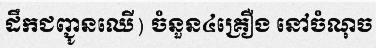
ដឹកជញ្ជូនឈើ) ចំនួន៤គ្រឿង នៅចំណុច